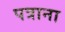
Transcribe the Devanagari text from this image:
पत्राना